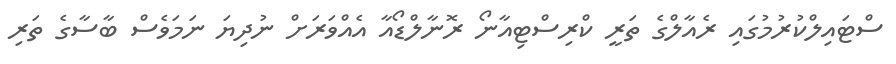
ސްޓައިލްކުރުމުގައި ރެއާލްގެ ތަރީ ކްރިސްޓިއާނޯ ރޮނާލްޑޯއާ އެއްވަރަށް ނުދިޔަ ނަމަވެސް ބާސާގެ ތަރި